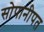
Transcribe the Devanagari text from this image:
सोपानीपत